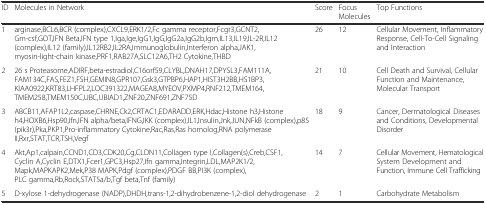
| ID | Molecules in Network | Score | Focus Molecules | Top Functions |
 | --- | --- | --- | --- | --- |
 | 1 | arginase,BCL6,BCR (complex),CXCL9,ERK1/2,Fc gamma receptor,Fcgr3,GCNT2,Gm-csf,GOT,IFN Beta,IFN type 1,Iga,Ige,IgG1,IgG,IgG2a,IgG2b,Igm,IL13,IL19,IL-2R,IL12 (complex),IL12 (family),IL12RB2,IL2RA,Immunoglobulin,Interferon alpha,JAK1,myosin-light-chain kinase,PRF1,RAB27A,SLC12A6,TH2 Cytokine,THBD | 26 | 12 | Cellular Movement, Inflammatory Response, Cell-To-Cell Signaling and Interaction |
 | 2 | 26 s Proteasome,ADIRF,beta-estradiol,C16orf59,CLYBL,DNAH17,DPYSL3,FAM111A, FAM134C,FAS,FEZ1,FSH,GEMIN8,GPR107,Gsk3,GTPBP6,HAP1,HIST3H2BB,HS1BP3, KIAA0922,KRT83,LHFPL2,LOC391322,MAGEA8,MYEOV,PXMP4,RNF212,TMEM164, TMEM258,TMEM150C,UBC,UBIAD1,ZNF20,ZNF691,ZNF75D | 21 | 10 | Cell Death and Survival, Cellular Function and Maintenance, Molecular Transport |
 | 3 | ABCB11,AFAP1L2,caspase,CHRNE,Ck2,CRTAC1,EDARADD,ERK,Hdac,Histone h3,Histone h4,HOXB6,Hsp90,Ifn,IFN alpha/beta,IFNG,IKK (complex),IL1,Insulin,Jnk,JUN,NFkB (complex),p85 (pik3r),Pka,PKP1,Pro-inflammatory Cytokine,Rac,Ras,Ras homolog,RNA polymerase II,Rxr,STAT,TCR,TSH,Vegf | 18 | 9 | Cancer, Dermatological Diseases and Conditions, Developmental Disorder |
 | 4 | Akt,Ap1,calpain,CCND1,CD3,CDK20,Cg,CLDN11,Collagen type I,Collagen(s),Creb,CSF1,Cyclin A,Cyclin E,DTX1,Fcer1,GPC3,Hsp27,Ifn gamma,Integrin,LDL,MAP2K1/2,Mapk,MAPKAPK2,Mek,P38 MAPK,Pdgf (complex),PDGF BB,PI3K (complex),PLC gamma,Rb,Rock,STAT5a/b,Tgf beta,Tnf (family) | 14 | 7 | Cellular Movement, Hematological System Development and Function, Immune Cell Trafficking |
 | 5 | D-xylose 1-dehydrogenase (NADP),DHDH,trans-1,2-dihydrobenzene-1,2-diol dehydrogenase | 2 | 1 | Carbohydrate Metabolism |